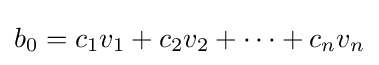
b_{0}=c_{1}v_{1}+c_{2}v_{2}+\cdots +c_{n}v_{n}